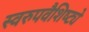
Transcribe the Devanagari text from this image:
स्वरुपवैशिष्ट्ये